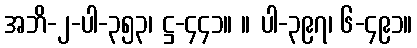
အဘိ-၂-ပါ-၃၅၃၊ ဋ္ဌ-၄၄၁။ ။ ပါ-၃၉၇၊ ၆-၄၉၁။